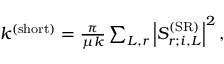
\begin{array} { r } { k ^ { ( \mathrm { s h o r t } ) } = \frac { \pi } { \mu k } \sum _ { L , r } \left| S _ { r ; i , L } ^ { ( \mathrm { S R } ) } \right| ^ { 2 } , } \end{array}